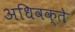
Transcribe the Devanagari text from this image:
अधिवक्ते